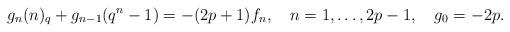
LaTeX: \begin{align*}g_n(n)_q+g_{n-1}(q^n-1)=-(2p+1)f_n,\quad n=1,\ldots,2p-1,\quad g_0=-2p.\end{align*}